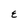
Character: E